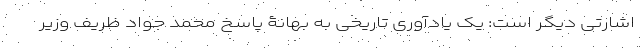
اشارتی دیگر است: یک یادآوری تاریخی به بهانۀ پاسخ محمد جواد ظریف وزیر